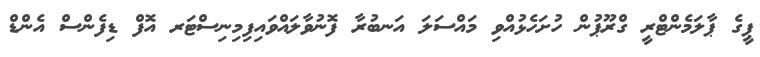
ޕީގެ ޕާލަމެންޓްރީ ގްރޫޕުން ހުށަހެޅުއްވި މައްސަލަ އަނބުރާ ފޮނުވާލައްވައިފިމިނިސްޓަރ އޮފް ޑިފެންސް އެންޑް